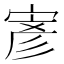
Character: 𭔂